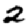
Digit: 2